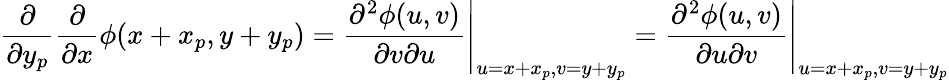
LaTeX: \frac{\partial}{\partial y_{p}}\frac{\partial}{\partial x}\phi(x+x_{p},y+y_{p})=\left.\frac{\partial^{2}\phi(u,v)}{\partial v\partial u}\right|_{u=x+x_{p},v=y+y_{p}}=\left.\frac{\partial^{2}\phi(u,v)}{\partial u\partial v}\right|_{u=x+x_{p},v=y+y_{p}}